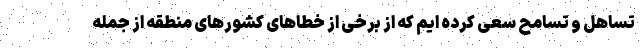
تساهل و تسامح سعی کرده ایم که از برخی از خطاهای کشورهای منطقه از جمله